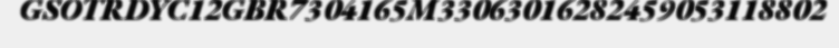
GSOTRDYC12GBR7304165M33063016282459053118802